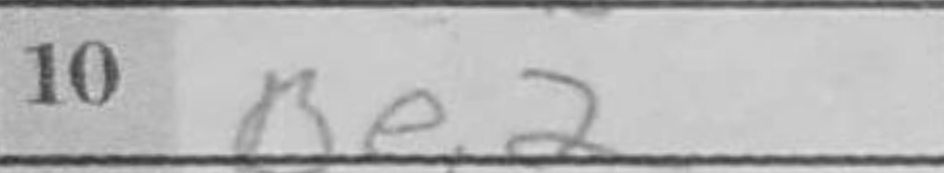
Transcription: Be2